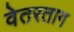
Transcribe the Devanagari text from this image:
वेतरताग